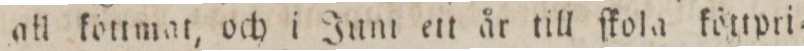
all köttmat, och i Jum ett år till ſkola köttpri=